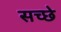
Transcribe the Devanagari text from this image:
सच्छे